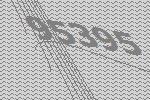
95395